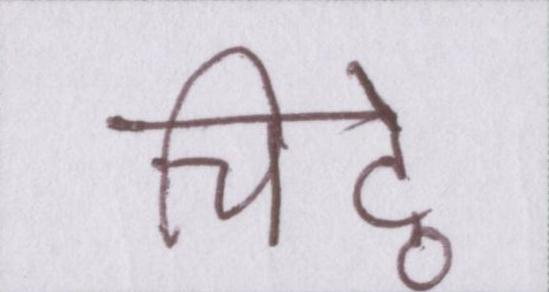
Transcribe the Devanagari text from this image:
चिट्ठे